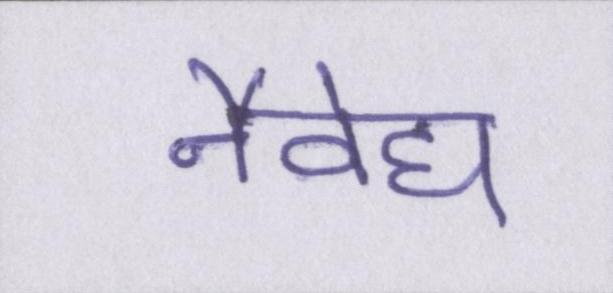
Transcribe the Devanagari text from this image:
नैवेद्य